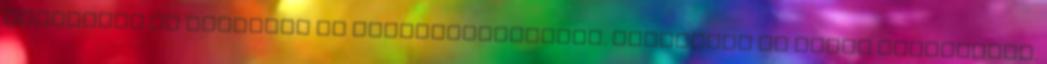
várakozók is egyeznek az elképzeléseimmel. Megfáradt és büdös kamionosok.